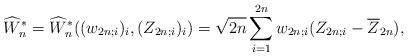
LaTeX: \begin{align*} \widehat{W}_n^* = \widehat{W}_n^*((w_{2n;i})_i,(Z_{2n;i})_i) = \sqrt{2n} \sum_{i=1}^{2n} w_{2n;i} (Z_{2n;i} - \overline{Z}_{2n}),\end{align*}